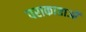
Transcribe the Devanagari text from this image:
पराकाष्ठाओं